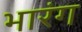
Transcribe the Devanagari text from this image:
भारंग